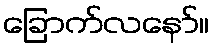
ခြောက်လနော်။